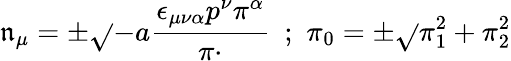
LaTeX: \mathfrak{n}_{\mu}=\pm\sqrt{}{{-a}}\frac{{\epsilon_{\mu\nu\alpha}p^{\nu}\pi^{\alpha}}}{{\pi\cdotp}}\, \, \, ;\, \, \pi_{0}=\pm\sqrt{}{{\pi_{1}^{2}+\pi_{2}^{2}}}